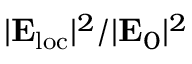
| { \bf E } _ { \mathrm { l o c } } | ^ { 2 } / | { \bf E } _ { 0 } | ^ { 2 }